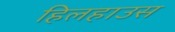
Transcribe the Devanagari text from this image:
हिलहाउस